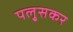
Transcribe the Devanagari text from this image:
पलु्सकर